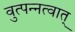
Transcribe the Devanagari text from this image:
वुत्पन्नत्वात्